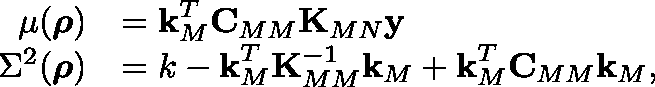
\begin{array} { r l } { \mu ( \boldsymbol { \mathbf { \rho } } ) } & { = \boldsymbol { \mathbf { k } } _ { M } ^ { T } \boldsymbol { \mathbf { C } } _ { M M } \boldsymbol { \mathbf { K } } _ { M N } \boldsymbol { \mathbf { y } } } \\ { \Sigma ^ { 2 } ( \boldsymbol { \mathbf { \rho } } ) } & { = k - \boldsymbol { \mathbf { k } } _ { M } ^ { T } \boldsymbol { \mathbf { K } } _ { M M } ^ { - 1 } \boldsymbol { \mathbf { k } } _ { M } + \boldsymbol { \mathbf { k } } _ { M } ^ { T } \boldsymbol { \mathbf { C } } _ { M M } \boldsymbol { \mathbf { k } } _ { M } , } \end{array}